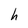
Character: h